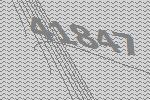
41847